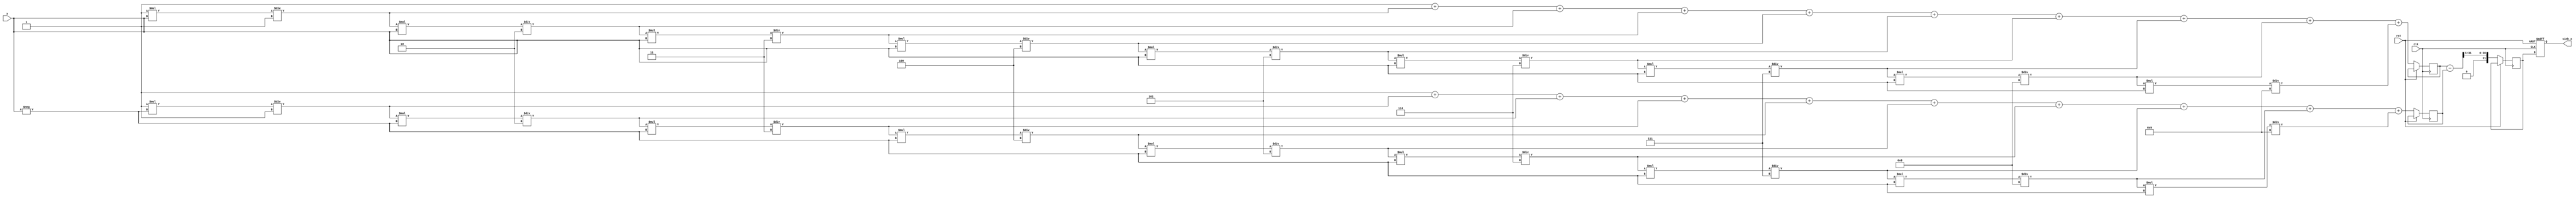
module sinh_block (
    input  wire [31:0] x,        // Input: 32-bit fixed-point representation of x
    output reg  [31:0] sinh_x,    // Output: 32-bit fixed-point representation of sinh(x)
    input  wire clk,              // Clock signal
    input  wire rst               // Reset signal
);

    // Parameters for Taylor series approximation
    parameter integer N = 10;     // Number of terms in the Taylor series

    // Internal signals
    reg [31:0] exp_x;             // e^x
    reg [31:0] exp_neg_x;         // e^(-x)
    reg [31:0] temp_sinh;         // Temporary variable for sinh calculation
    integer i;

    // Function to compute e^x using Taylor series
    function [31:0] exp_taylor;
        input [31:0] x;
        integer n;
        reg [31:0] term;
        reg [31:0] sum;
        begin
            sum = 32'h00000001; // e^0 = 1
            term = 32'h00000001; // First term (x^0 / 0!)
            for (n = 1; n < N; n = n + 1) begin
                term = (term * x) / n; // Calculate x^n / n!
                sum = sum + term;      // Add term to sum
            end
            exp_taylor = sum;
        end
    endfunction

    // Sequential logic to compute sinh(x)
    always @(posedge clk or posedge rst) begin
        if (rst) begin
            sinh_x <= 32'b0;
        end else begin
            // Compute e^x and e^(-x)
            exp_x <= exp_taylor(x);
            exp_neg_x <= exp_taylor(-x);
            
            // Compute sinh(x) = (e^x - e^(-x)) / 2
            temp_sinh <= (exp_x - exp_neg_x) >> 1; // Right shift by 1 for division by 2
            sinh_x <= temp_sinh; // Assign to output
        end
    end

endmodule